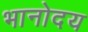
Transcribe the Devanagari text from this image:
भानोदय